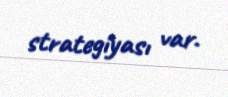
strategiyası var.